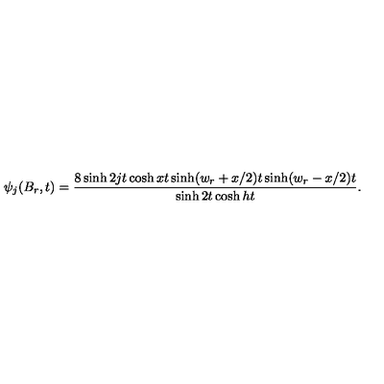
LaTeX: \psi _ { j } ( B _ { r } , t ) = \frac { 8 \sinh 2 j t \cosh x t \sinh ( w _ { r } + x / 2 ) t \sinh ( w _ { r } - x / 2 ) t } { \sinh 2 t \cosh h t } .